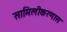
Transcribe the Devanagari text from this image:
सामिलीकरणास